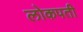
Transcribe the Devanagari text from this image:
लोकपती